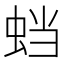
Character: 𬠅